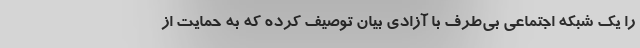
را یک شبکه اجتماعی بی‌طرف با آزادی بیان توصیف کرده که به حمایت از